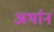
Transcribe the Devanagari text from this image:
अर्थानं